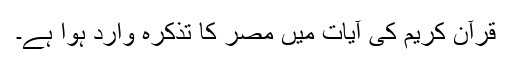
قرآن کریم کی آیات میں مصر کا تذکرہ وارد ہوا ہے۔